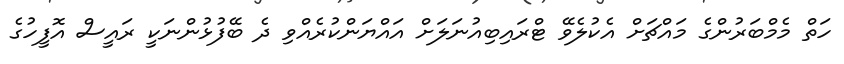
ހަތް މެމްބަރުންގެ މައްޗަށް އެކުލެވޭ ޓްރައިބިއުނަލަށް އައްޔަންކުރެއްވި ދެ ބޭފުޅުންނަކީ ރައީސް އޮފީހުގެ